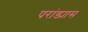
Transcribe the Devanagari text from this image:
परांड्यास